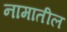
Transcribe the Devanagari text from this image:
नामातील